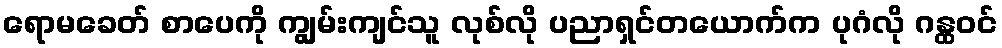
ရောမခေတ် စာပေကို ကျွမ်းကျင်သူ လုစ်လို ပညာရှင်တယောက်က ပုဂံလို ဂန္ထဝင်